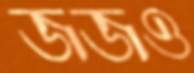
জজও